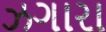
ઝગારા